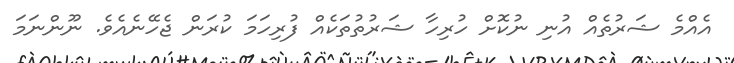
އެއްމެ ޝަރުތެއް އުނި ނުކޮށް ހުރިހާ ޝަރުތުތަކެއް ފުރިހަމަ ކުރަން ޖެހޭނެއެވެ. ނޫންނަމަ